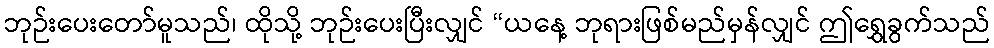
ဘုဉ်းပေးတော်မူသည်၊ ထိုသို့ ဘုဉ်းပေးပြီးလျှင် “ယနေ့ ဘုရားဖြစ်မည်မှန်လျှင် ဤရွှေခွက်သည်